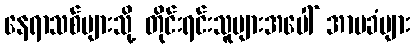
နေရာသစ်များသို့ တိုင်းရင်းသူများအပေါ် အာမခံများ